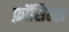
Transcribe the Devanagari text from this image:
फ़ॉसिल्स